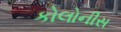
કોલોનીસ